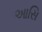
આસિ